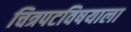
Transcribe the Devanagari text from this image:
चित्रपटविषयाला